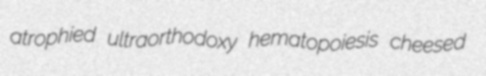
atrophied ultraorthodoxy hematopoiesis cheesed